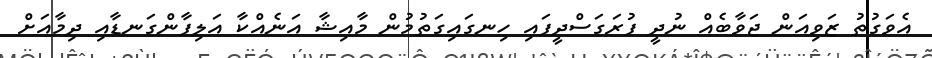
އެވަގުތު ޒަވިއަން ޖަވާބެއް ނުދީ ފުރަގަސްދީފައި ހިނގައިގަތުމުން މާއިޝާ އަނެއްކާ އަލިފާންގަނޑާއި ދިމާއަށް